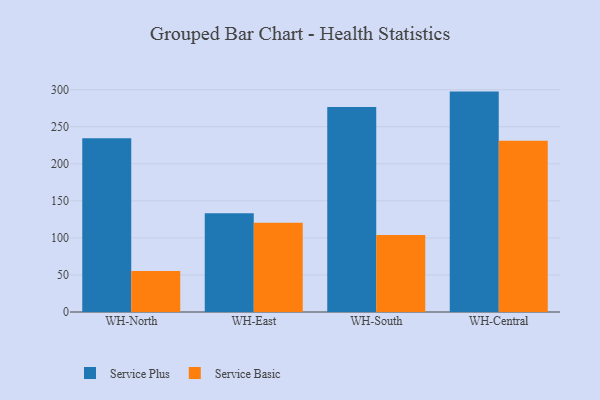
{"axis": {"x": "Warehouse", "y": "Demand Index"}, "legend": ["Service Basic", "Service Plus"], "data": [{"x": "WH-North", "y": 234.5, "type": "Service Plus"}, {"x": "WH-North", "y": 55.2, "type": "Service Basic"}, {"x": "WH-East", "y": 133.2, "type": "Service Plus"}, {"x": "WH-East", "y": 120.4, "type": "Service Basic"}, {"x": "WH-South", "y": 276.6, "type": "Service Plus"}, {"x": "WH-South", "y": 103.8, "type": "Service Basic"}, {"x": "WH-Central", "y": 297.4, "type": "Service Plus"}, {"x": "WH-Central", "y": 231.2, "type": "Service Basic"}]}